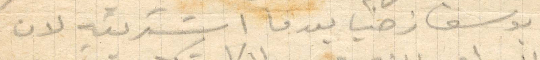
يوسف زخيا بعد ما اشتريته لان